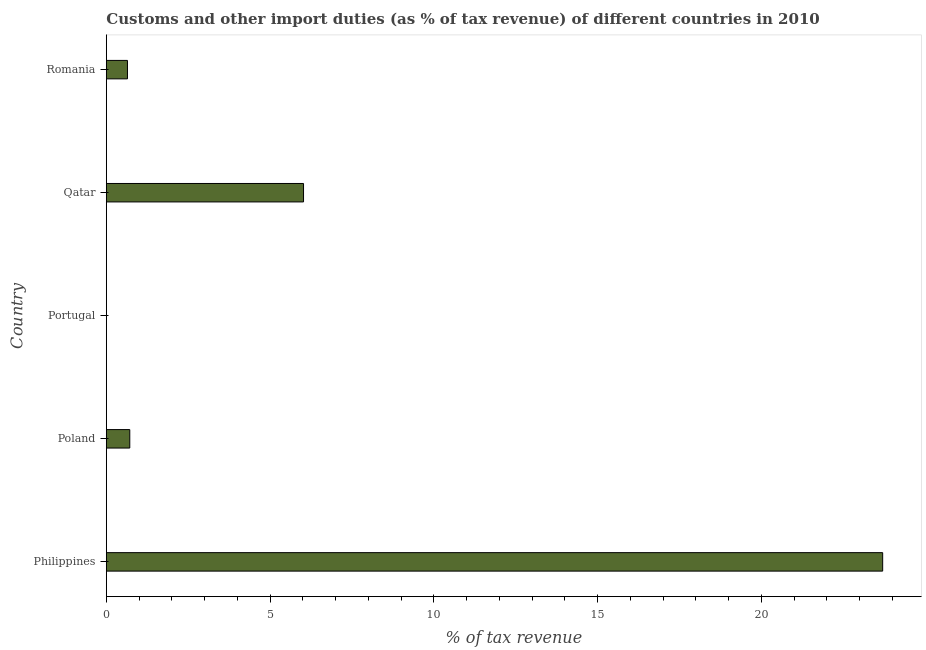
| Country | Customs and other import duties |
 | --- | --- |
 | Philippines | 23.7 |
 | Poland | 0.716 |
 | Portugal | 0.00305 |
 | Qatar | 6.02 |
 | Romania | 0.645 |